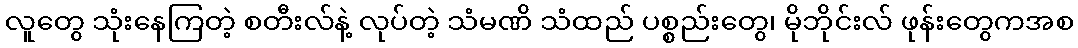
လူတွေ သုံးနေကြတဲ့ စတီးလ်နဲ့ လုပ်တဲ့ သံမဏိ သံထည် ပစ္စည်းတွေ၊ မိုဘိုင်းလ် ဖုန်းတွေကအစ